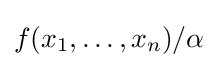
f(x_{1},\ldots ,x_{n})/\alpha